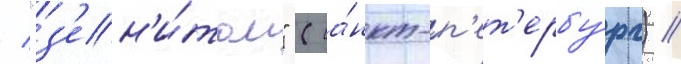
/ "з'ен'и́том" (са́нкт-п'ет'ербу́рг) //